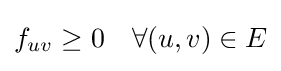
{\begin{aligned}f_{uv}&\geq 0&&\forall (u,v)\in E\\\end{aligned}}